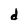
Character: d